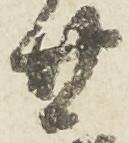
廿